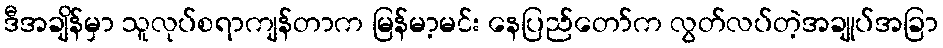
ဒီအချိန်မှာ သူလုပ်စရာကျန်တာက မြန်မာ့မင်း နေပြည်တော်က လွတ်လပ်တဲ့အချုပ်အခြာ